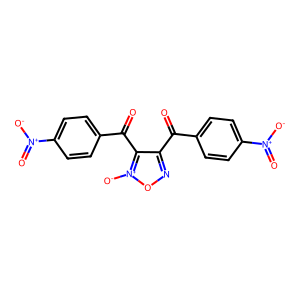
SMILES: O=C(c1ccc([N+](=O)[O-])cc1)c1no[n+]([O-])c1C(=O)c1ccc([N+](=O)[O-])cc1
Inhibits HIV replication: No